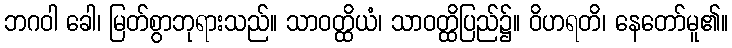
ဘဂဝါ ခေါ၊ မြတ်စွာဘုရားသည်။ သာဝတ္ထိယံ၊ သာဝတ္ထိပြည်၌။ ဝိဟရတိ၊ နေတော်မူ၏။